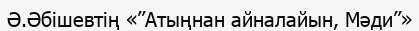
Ә.Әбішевтің «’’Атыңнан айналайын, Мәди’’»